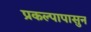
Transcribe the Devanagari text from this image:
प्रकल्पापासुन